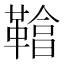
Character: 𩌞